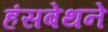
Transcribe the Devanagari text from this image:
हंसबेथने